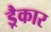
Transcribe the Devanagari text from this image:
ड्रैकार